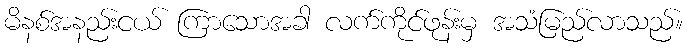
မိနစ်အနည်းငယ် ကြာသောအခါ လက်ကိုင်ဖုန်းမှ အသံမြည်လာသည်။